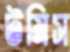
টমিস